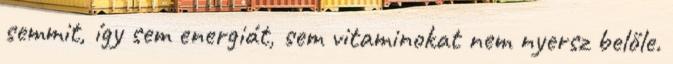
semmit, így sem energiát, sem vitaminokat nem nyersz belőle.